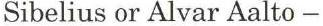
Sibelius or Alvar Aalto -